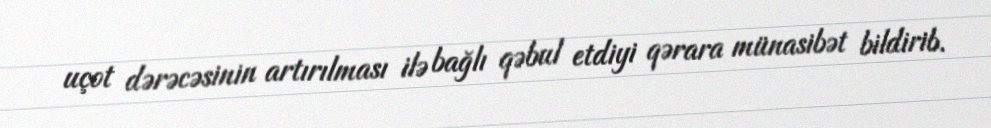
uçot dərəcəsinin artırılması ilə bağlı qəbul etdiyi qərara münasibət bildirib.